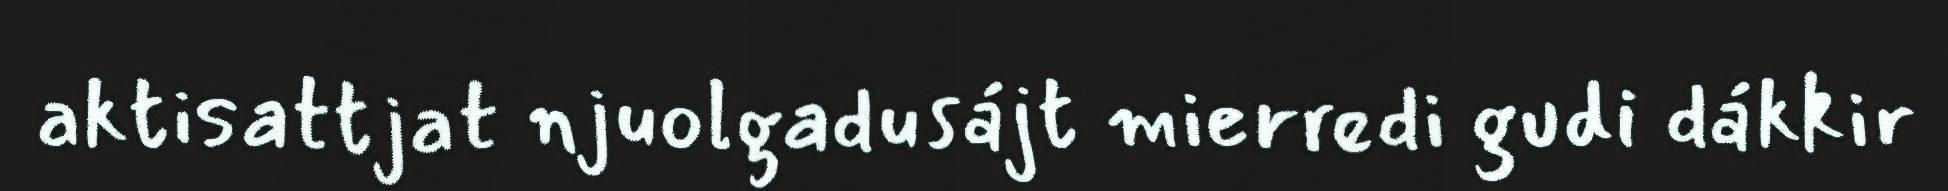
aktisattjat njuolgadusájt mierredi gudi dákkir